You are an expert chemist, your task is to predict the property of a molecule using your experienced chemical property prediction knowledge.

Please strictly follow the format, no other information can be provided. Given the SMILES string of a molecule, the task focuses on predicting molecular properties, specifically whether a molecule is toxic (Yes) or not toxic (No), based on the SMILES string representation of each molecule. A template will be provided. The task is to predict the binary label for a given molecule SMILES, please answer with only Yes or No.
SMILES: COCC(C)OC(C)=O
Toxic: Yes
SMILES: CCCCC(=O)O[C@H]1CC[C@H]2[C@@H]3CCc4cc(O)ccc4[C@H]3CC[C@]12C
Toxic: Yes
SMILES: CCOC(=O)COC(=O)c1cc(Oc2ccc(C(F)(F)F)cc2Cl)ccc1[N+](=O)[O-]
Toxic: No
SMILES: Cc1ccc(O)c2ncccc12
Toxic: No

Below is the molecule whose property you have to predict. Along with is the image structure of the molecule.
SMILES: CCOC(=O)OC1=C(c2cc(C)ccc2C)C(=O)NC12CCC(OC)CC2
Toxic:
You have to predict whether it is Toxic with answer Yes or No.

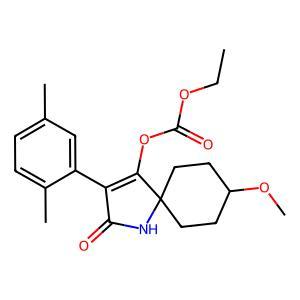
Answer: No